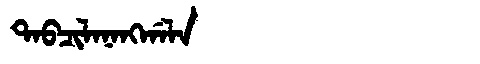
Manchu: ᡨᠠᠪᠴᡳᠯᠠᠨᠠᠩᡤᠠᠯᠠ
Romanization: TABCILANANGGALA